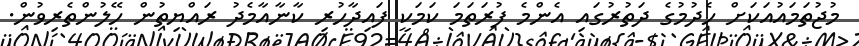
މުޖުތަމައުއަކަށް ހެދުމުގެ ދަތުރުގައި އެންމެ ފުރަތަމަ ކަމަކީ ފައިދާހުރި ކާނާއާމެދު ރައްޔިތުން ހޭލުންތެރިވުން.